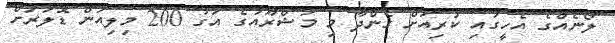
ލޯނެއްގެ އެހީގައި ކުރިއަށް ގެންދާ މި މަޝްރޫއުގެ އަގު 200 މިލިއަން ޑޮލަރަށް